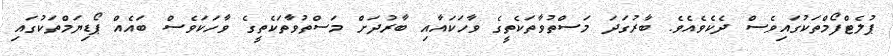
ޕުލެޓްފޯމްތަކުގައިވެސް ދެކެވެއެވެ. ބާރުގަދަ މަސްތުވާތަކެތީގެ ވާހަކައާއި ބާރުދަށް މަސްތުވާތަކެތީގެ ވާހަކަވެސް ބައެއް ޕޯޑިޔަމްތަކުގައި